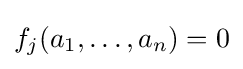
f_{j}(a_{1},\dots ,a_{n})=0